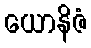
ယောနိဇံ